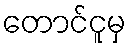
တောင်ငူမှ